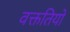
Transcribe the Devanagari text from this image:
वक्ततियो